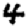
Digit: 4